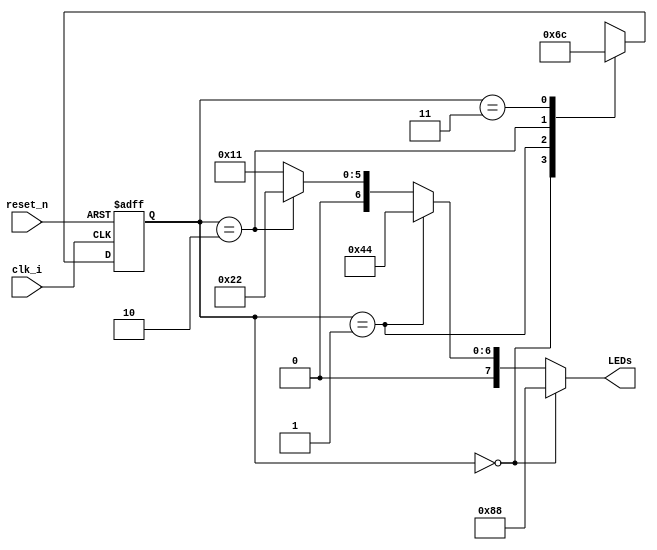
module state_machine( 
	input clk_i,
	input reset_n,
	output reg [7:0] LEDs
		);
		reg [1:0] state;
		reg [1:0] state_n;
		parameter S0 = 2'b00;
		parameter S1 = 2'b01;
		parameter S2 = 2'b10;
		parameter S3 = 2'b11;
		always @ (posedge clk_i, negedge reset_n)
			begin
				if(!reset_n)
					state = S0;
				else
					state = state_n;
			end
		always @ (*)
			begin
				case(state)
					S0: state_n = S1;
					S1: state_n = S2;
					S2: state_n = S3;
					S3:	state_n = S0;
					default: state_n = S0;
				endcase
			end
		always @ (*)
			begin
				if(state == S0)
					LEDs = 8'h88;
				else if(state == S1)
					LEDs = 8'h44;
				else if(state == S2)
					LEDs = 8'h22;
				else
					LEDs = 8'h11;
			end
endmodule